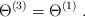
LaTeX: \begin{align*} \Theta^{(3)} = \Theta^{(1)} \; . \end{align*}